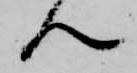
ん